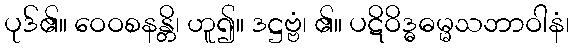
ပုဒ်၏။ ဝေဝစနန္တိ၊ ဟူ၍။ ဒဋ္ဌဗ္ဗံ၊ ၏။ ပဋိဝိဒ္ဓဓမ္မသဘာဝါနံ၊